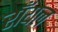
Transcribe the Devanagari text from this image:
राँयल